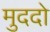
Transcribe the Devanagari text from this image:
मुददो